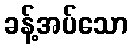
ခန့်အပ်သော